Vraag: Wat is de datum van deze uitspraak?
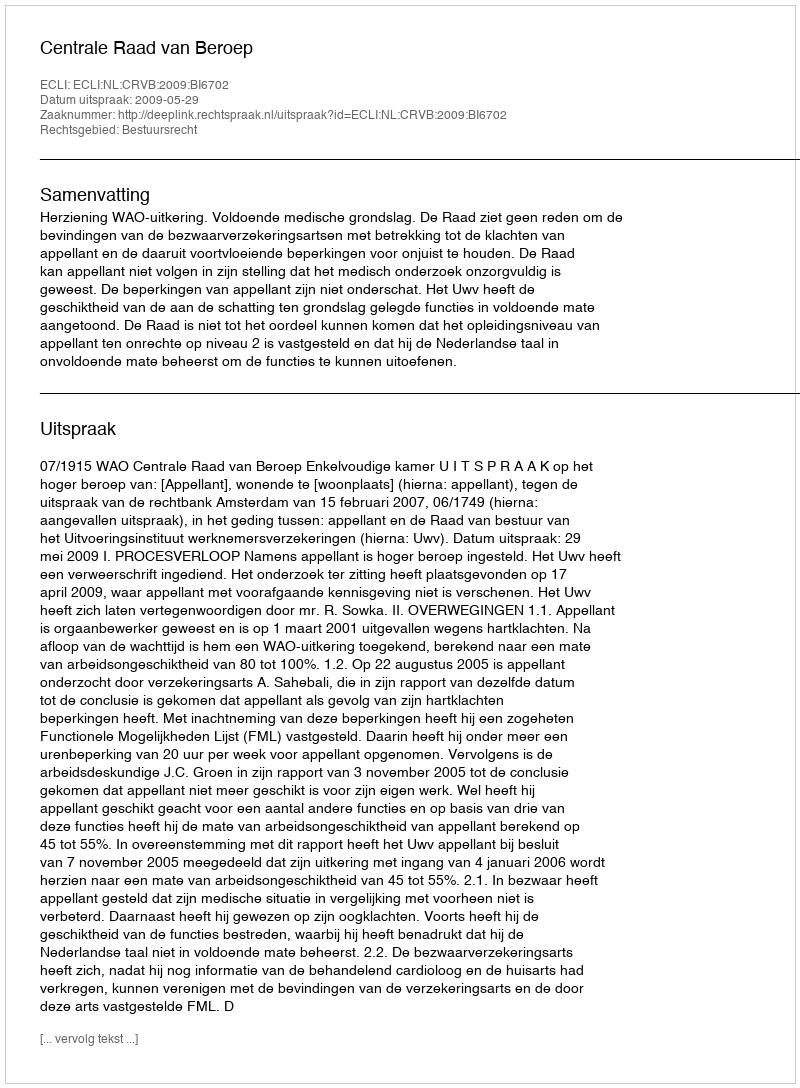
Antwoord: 2009-05-29